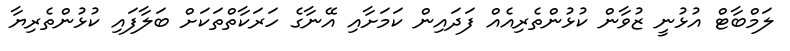
ލަމްބާޓް އުޅުނީ ޒުވާން ކުޅުންތެރިއެއް ފަދައިން ކަމަށާއި އޭނާގެ ހަރަކާތްތަކަށް ބަލާފައި ކުޅުންތެރިޔާ